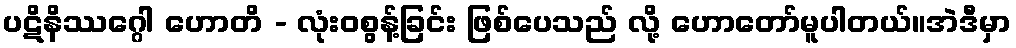
ပဋိနိဿဂ္ဂေါ ဟောတိ - လုံးဝစွန့်ခြင်း ဖြစ်ပေသည် လို့ ဟောတော်မူပါတယ်။အဲဒီမှာ